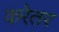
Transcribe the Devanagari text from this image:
करेतर